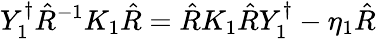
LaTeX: Y_{1}^{\dagger}\hat{R}^{-1}K_{1}\hat{R}=\hat{R}K_{1}\hat{R}Y_{1}^{\dagger}-\eta_{1}\hat{R}